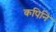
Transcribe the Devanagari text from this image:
कपिनि